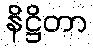
နိဋ္ဌိတာ